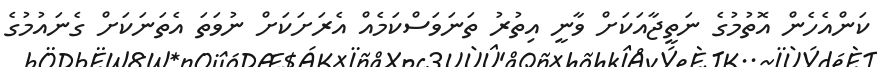
ކަންއެހެން އޮތުމުގެ ނަތީޖާއަކަށް ވާނީ އިތުރު ތަނަވަސްކަމެއް އެރަށަކަށް ނުވަތަ އެތަނަކަށް ގެނައުމުގެ